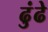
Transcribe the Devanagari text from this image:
ढुंढे